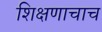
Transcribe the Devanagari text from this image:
शिक्षणाचाच